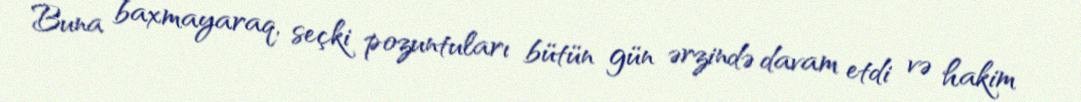
Buna baxmayaraq, seçki pozuntuları bütün gün ərzində davam etdi və hakim